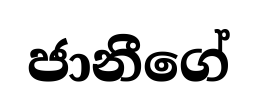
ජානීගේ